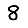
Digit: 8